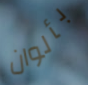
بألوان